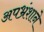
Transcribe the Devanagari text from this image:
अपभ्रंशाने